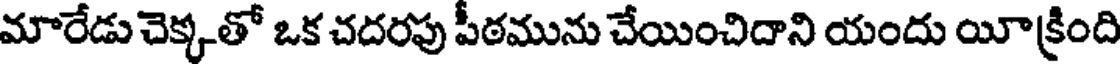
మారేడు చెక్కతో ఒక చదరపు పీఠమును చేయించిదాని యందు యీక్రింది